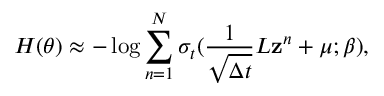
H ( \theta ) \approx - \log \sum _ { n = 1 } ^ { N } \sigma _ { t } ( \frac { 1 } { \sqrt { \Delta t } } L \mathbf { z } ^ { n } + \mu ; \beta ) ,